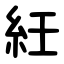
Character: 紝